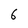
Character: 6